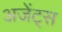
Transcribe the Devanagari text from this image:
अजेंट्स